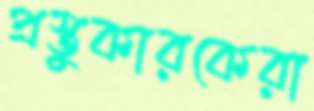
প্রস্তুকারকেরা